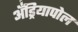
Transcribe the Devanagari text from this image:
अँड्रियापोल